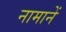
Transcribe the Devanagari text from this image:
नामानें